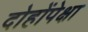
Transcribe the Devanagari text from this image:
दोहोंपेक्षा